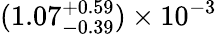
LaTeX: (1.07_{-0.39}^{+0.59})\times 10^{-3}